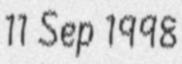
11 Sep 1998